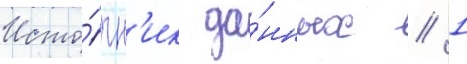
Исто́чн'ик да́нных // 1